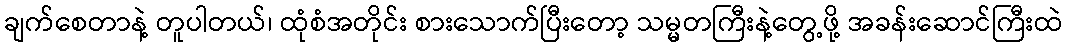
ချက်စေတာနဲ့ တူပါတယ်၊ ထုံစံအတိုင်း စားသောက်ပြီးတော့ သမ္မတကြီးနဲ့တွေ့ဖို့ အခန်းဆောင်ကြီးထဲ